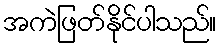
အကဲဖြတ်နိုင်ပါသည်။